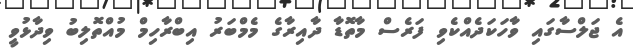
އެ ޖަލްސާގައި ވާހަކަދެއްކެވި ފަރެސް މާތޮޑާ ދާއިރާގެ މެމްބަރު އިބްރާހިމް މުއްތޮލިބު ވިދާޅުވީ